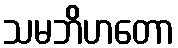
သမဘိဟတော